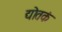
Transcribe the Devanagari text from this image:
द्योतकं